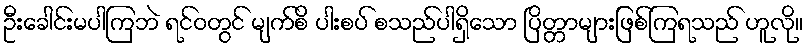
ဦးခေါင်းမပါကြဘဲ ရင်ဝတွင် မျက်စိ ပါးစပ် စသည်ပါရှိသော ပြိတ္တာများဖြစ်ကြရသည် ဟူလို။